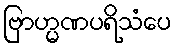
ဗြာဟ္မဏပရိသံပေ